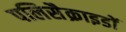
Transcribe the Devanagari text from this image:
पलिसैक्राइडों